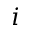
i